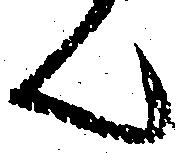
ん